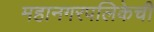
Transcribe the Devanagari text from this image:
महानगरपलिकेची